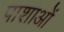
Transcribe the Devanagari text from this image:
पाशाओं